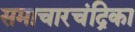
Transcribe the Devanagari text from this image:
समाचारचंद्रिका